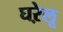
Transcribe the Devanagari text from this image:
घऱेलू